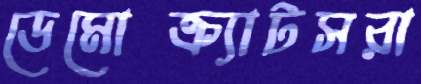
ডেমোক্র্যাটসরা